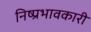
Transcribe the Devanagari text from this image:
निष्प्रभावकारी